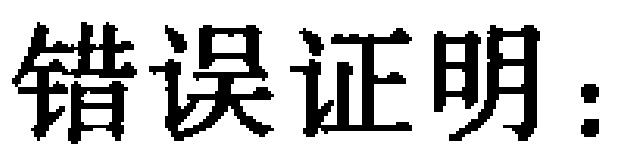
错误证明：